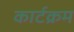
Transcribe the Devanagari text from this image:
कार्टक्रम